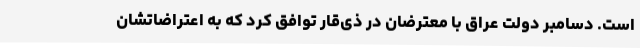
است. دسامبر دولت عراق با معترضان در ذی‌قار توافق کرد که به اعتراضاتشان